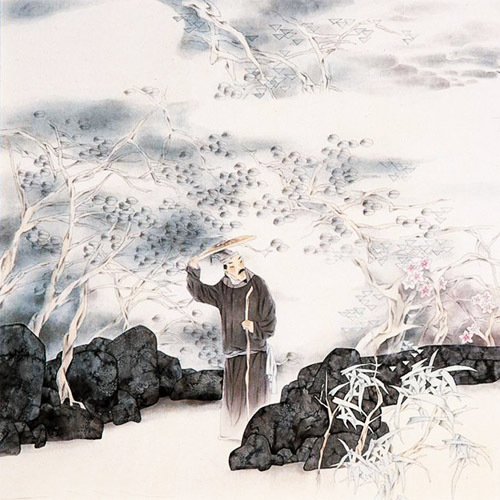
此时却羡闲人醉，五马无由入酒家。